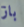
باز